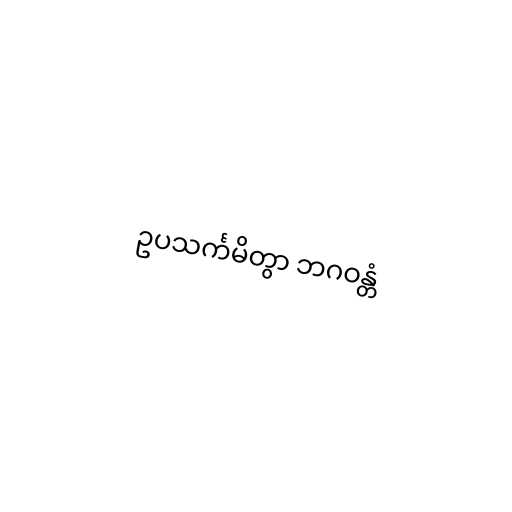
ဥပသင်္ကမိတွာ ဘဂဝန္တံ